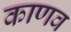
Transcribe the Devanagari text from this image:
काणव